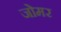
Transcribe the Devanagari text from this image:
जोमर